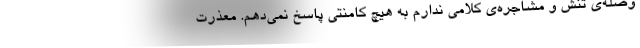
وصله‌ی تنش و مشاجره‌ی کلامی ندارم به هیچ کامنتی پاسخ نمی‌دهم. معذرت